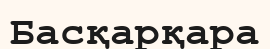
Басқарқара